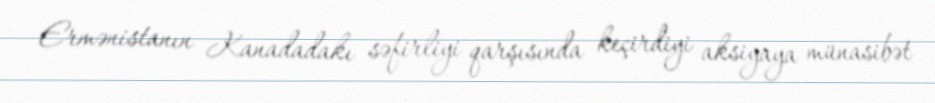
Ermənistanın Kanadadakı səfirliyi qarşısında keçirdiyi aksiyaya münasibət